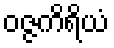
ဝဇ္ဇကိရိယံ